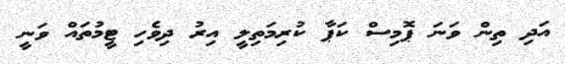
އަދި ތިން ވަނަ ޕޮމިސް ކަޕާ ކުރިމަތިލީ އިރު ދިވެހި ޓީމުތައް ވަނީ